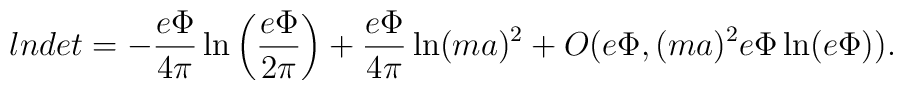
lndet = - \frac{e \Phi}{4 \pi} \ln \left(\frac{e\Phi}{2\pi}\right)  + \frac{e\Phi}{4 \pi} \ln (ma)^2  + O(e\Phi, (ma)^2 e\Phi \ln (e\Phi)).